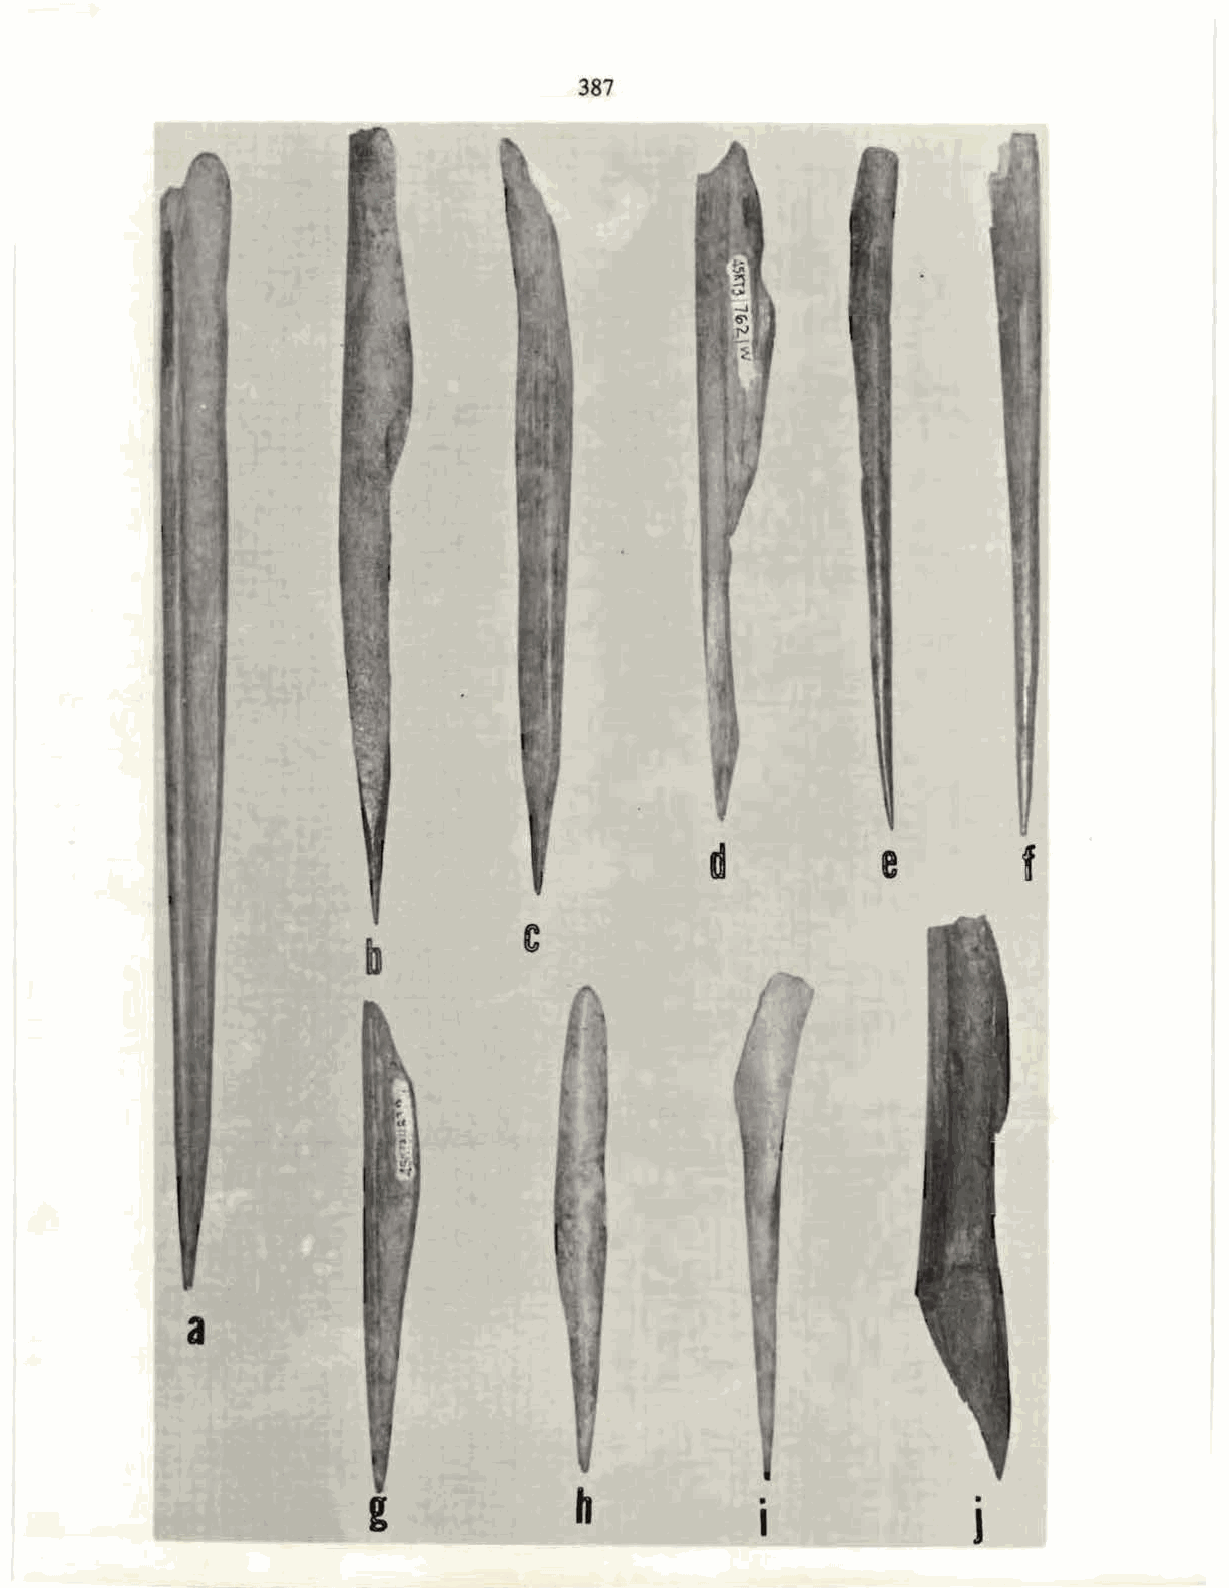
387
 d          e         f
 c
 b
 a
 h           .              .
 -~~--       -~-~~--
 '--------      g                                       J